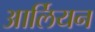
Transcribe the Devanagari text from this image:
आर्लियन